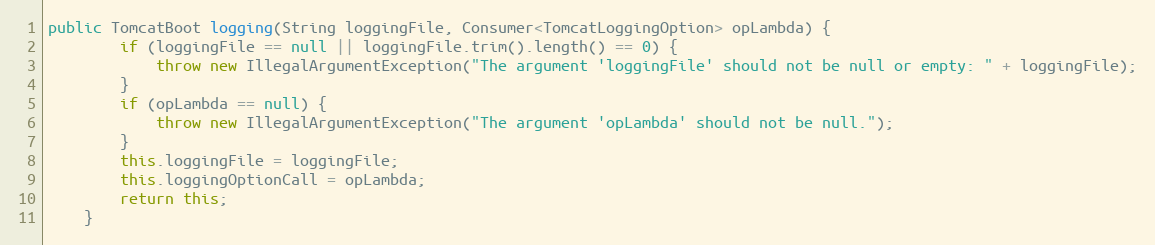
Language: Java
public TomcatBoot logging(String loggingFile, Consumer<TomcatLoggingOption> opLambda) {
        if (loggingFile == null || loggingFile.trim().length() == 0) {
            throw new IllegalArgumentException("The argument 'loggingFile' should not be null or empty: " + loggingFile);
        }
        if (opLambda == null) {
            throw new IllegalArgumentException("The argument 'opLambda' should not be null.");
        }
        this.loggingFile = loggingFile;
        this.loggingOptionCall = opLambda;
        return this;
    }